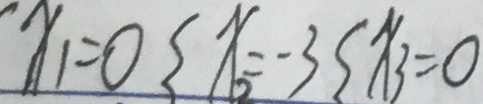
x _ { 1 } = 0 x _ { 2 } = - 3 x _ { 3 } = 0